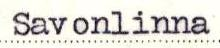
Savonlinna